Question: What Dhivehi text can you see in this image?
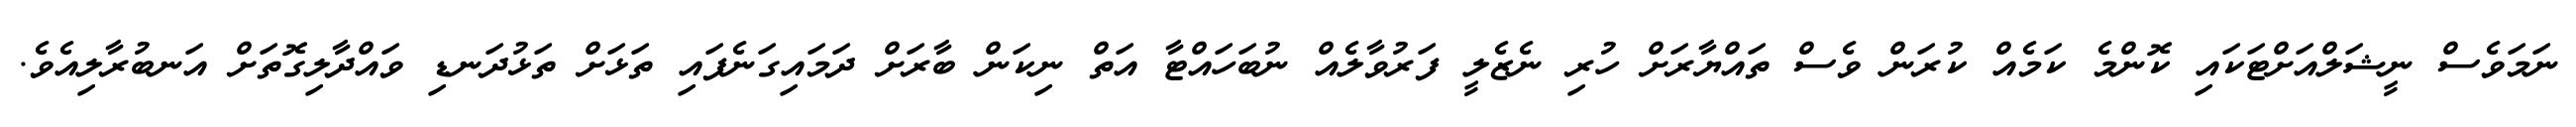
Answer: ނަމަވެސް ނީޝަލްއަށްޓަކައި ކޮންމެ ކަމެއް ކުރަން ވެސް ތައްޔާރަށް ހުރި ނެޒެލީ ފަރުވާލެއް ނުބަހައްޓާ އަތް ނިކަން ބާރަށް ދަމައިގަނެފައި ތަޅަށް ތަޅުދަނޑި ވައްދާލިގޮތަށް އަނބުރާލިއެވެ.